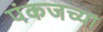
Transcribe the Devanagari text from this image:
पंकजच्या